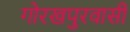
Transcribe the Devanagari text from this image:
गोरखपुरवासी